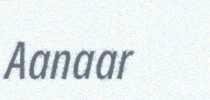
Aanaar